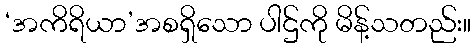
‘အကိရိယာ’အစရှိသော ပါဌ်ကို မိန့်သတည်း။